Indian journal of veterinary science and animal husbandry - Volume 1,
Year: 1931
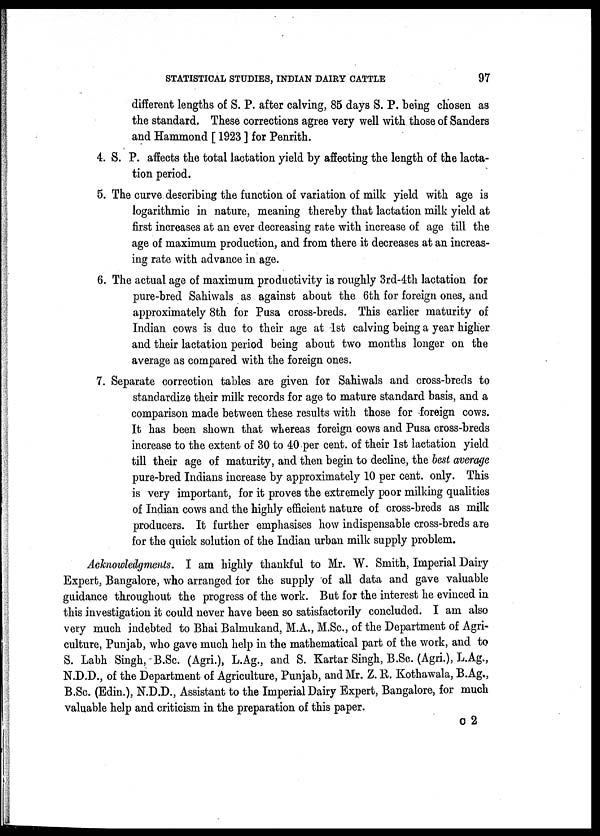
STATISTICAL STUDIES, INDIAN DAIRY CATTLE
97
different lengths of S. P. after calving, 85 days S. P. being chosen as
the standard. These corrections agree very well with those of Sanders
and Hammond [ 1923 ] for Penrith.
4. S. P. affects the total lactation yield by affecting the length of the lacta-
tion period.
5. The curve describing the function of variation of milk yield with age is
logarithmic in nature, meaning thereby that lactation milk yield at
first increases at an ever decreasing rate with increase of age till the
age of maximum production, and from there it decreases at an increas-
ing rate with advance in age.
6. The actual age of maximum productivity is roughly 3rd-4th lactation for
pure-bred Sahiwals as against about the 6th for foreign ones, and
approximately 8th for Pusa cross-breds. This earlier maturity of
Indian cows is due to their age at 1st calving being a year higher
and their lactation period being about two months longer on the
average as compared with the foreign ones.
7. Separate correction tables are given for Sahiwals and cross-breds to
standardize their milk records for age to mature standard basis, and a
comparison made between these results with those for foreign cows.
It has been shown that whereas foreign cows and Pusa cross-breds
increase to the extent of 30 to 40 per cent. of their 1st lactation yield
till their age of maturity, and then begin to decline, the best average
pure-bred Indians increase by approximately 10 per cent. only. This
is very important, for it proves the extremely poor milking qualities
of Indian cows and the highly efficient nature of cross-breds as milk
producers. It further emphasises how indispensable cross-breds are
for the quick solution of the Indian urban milk supply problem.
Acknowledgments. I am highly thankful to Mr. W. Smith, Imperial Dairy
Expert, Bangalore, who arranged for the supply of all data and gave valuable
guidance throughout the progress of the work. But for the interest he evinced in
this investigation it could never have been so satisfactorily concluded. I am also
very much indebted to Bhai Balmukand, M.A., M.Sc., of the Department of Agri-
culture, Punjab, who gave much help in the mathematical part of the work, and to
S. Labh Singh, B.Sc. (Agri.), L.Ag., and S. Kartar Singh, B.Sc. (Agri.), L.Ag.,
N.D.D., of the Department of Agriculture, Punjab, and Mr. Z. R. Kothawala, B.Ag.,
B.Sc. (Edin.), N.D.D., Assistant to the Imperial Dairy Expert, Bangalore, for much
valuable help and criticism in the preparation of this paper.
C 2